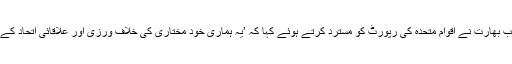
دوسری جانب بھارت نے اقوام متحدہ کی رپورٹ کو مسترد کرتے ہوئے کہا کہ ’یہ ہماری خود مختاری کی خلاف ورزی اور علاقائی اتحاد کے خلاف ہے‘۔